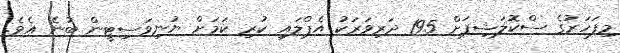
މިފަހަރުގެ ސްކޮލަޝިޕަށް 195 ދަރިވަރަކު އެޕްލައި ކުރި ކަމަށް ޔުނިވަސިޓީން ބުނެ އެވެ.